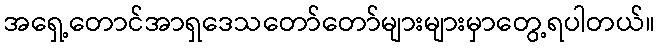
အရှေ့တောင်အာရှဒေသတော်တော်များများမှာတွေ့ရပါတယ်။